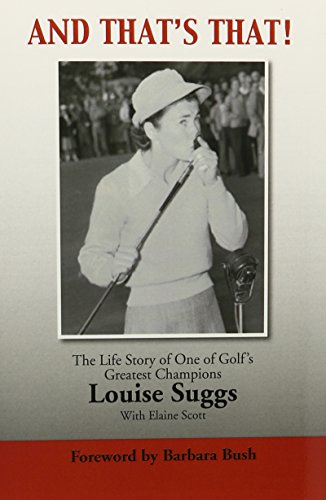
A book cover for AND THAT'S THAT!: The Life Story of One of Golf's Greatest Champions; Louise Suggs; Biographies & Memoirs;